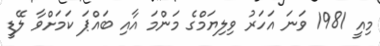
މިއީ 1981 ވަނަ އަހަރު ވިލިޔަމްގެ މަންމަ އާއި ބައްޕަ ކަމަށްވާ ލޭޑީ